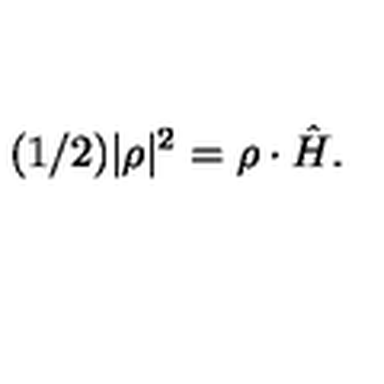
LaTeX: ( 1 / 2 ) | \rho | ^ { 2 } = { \rho } \cdot \hat { H } .